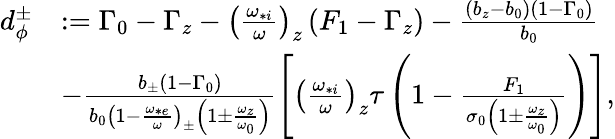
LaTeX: \begin{array}{rl}{d_{\phi}^{\pm}}&{:=\Gamma_{0}-\Gamma_{z}-\left(\frac{\omega_{*i}}{\omega}\right)_{z}\left(F_{1}-\Gamma_{z}\right)-\frac{\left(b_{z}-b_{0}\right)\left(1-\Gamma_{0}\right)}{b_{0}}}\\ &{-\frac{b_{\pm}\left(1-\Gamma_{0}\right)}{b_{0}\left(1-\frac{\omega_{*e}}{\omega}\right)_{\pm}\left(1\pm\frac{\omega_{z}}{\omega_{0}}\right)}\left[\left(\frac{\omega_{*i}}{\omega}\right)_{z}\tau\left(1-\frac{F_{1}}{\sigma_{0}\left(1\pm\frac{\omega_{z}}{\omega_{0}}\right)}\right)\right],}\end{array}